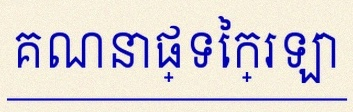
គណនាផ្ទៃក្រឡា